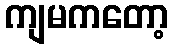
ကျမကတော့